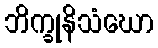
ဘိက္ခုနိသံဃော